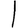
Digit: 1